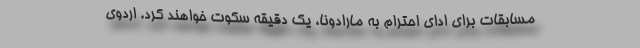
مسابقات برای ادای احترام به مارادونا، یک دقیقه سکوت خواهند کرد. اردوی